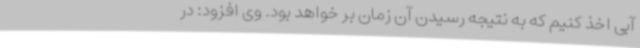
آبی اخذ کنیم که به نتیجه رسیدن آن زمان بر خواهد بود. وی افزود: در